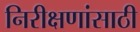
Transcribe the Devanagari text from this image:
निरीक्षणांसाठी